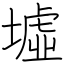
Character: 墟